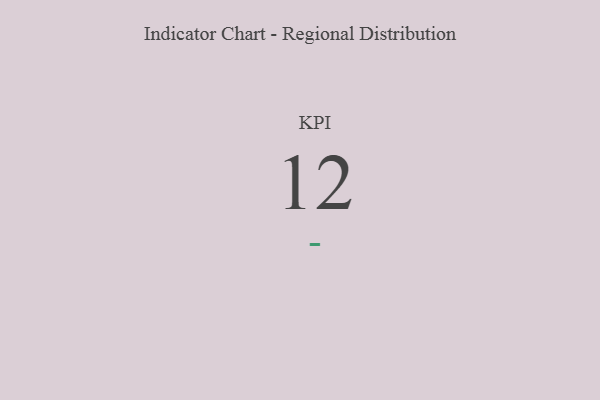
{"axis": {"x": "KPI", "y": "Value"}, "legend": [""], "data": [{"x": "KPI", "y": 12, "type": ""}]}